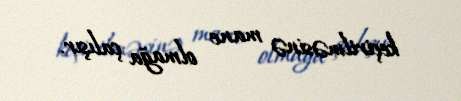
keçirilməsinə mane olmağa çalışır.